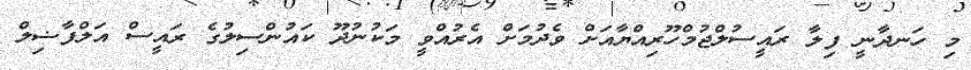
މި ހަނދާނީ ފިލާ ރައީސުލްޖުމްހޫރިއްޔާއަށް ވެދުމަށް އެރުއްވީ މަކުނުދޫ ކައުންސިލުގެ ރައީސް އަލްފާޟިލް